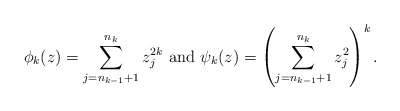
\begin{align*}\phi_k(z)=\sum_{j=n_{k-1}+1}^{n_{k}} z_j^{2k}\hbox{ and } \psi_k(z)=\left( \sum_{j=n_{k-1}+1}^{n_{k}} z_j^{2} \right)^k.\end{align*}